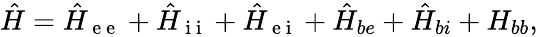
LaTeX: \begin{array}{r}{\hat{H}=\hat{H}_{\mathrm{~e~e~}}+\hat{H}_{\mathrm{~i~i~}}+\hat{H}_{\mathrm{~e~i~}}+\hat{H}_{be}+\hat{H}_{bi}+H_{bb},}\end{array}